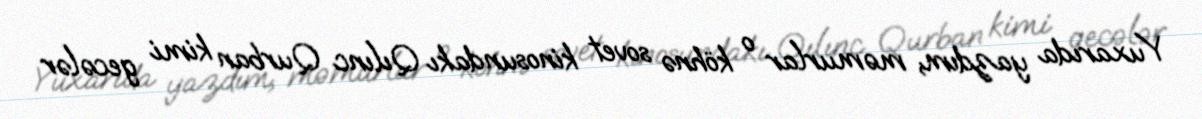
Yuxarıda yazdım, məmurlar o köhnə sovet kinosundakı Qılınc Qurban kimi gecələr